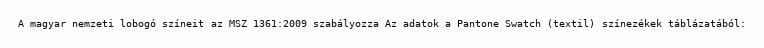
A magyar nemzeti lobogó színeit az MSZ 1361:2009 szabályozza Az adatok a Pantone Swatch (textil) színezékek táblázatából: